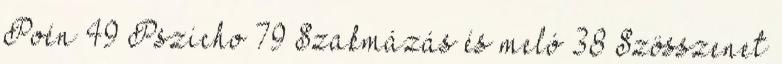
Poén 49 Pszicho 79 Szakmázás és meló 38 Szösszenet